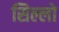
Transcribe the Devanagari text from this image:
सिल्लो